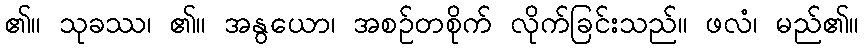
၏။ သုခဿ၊ ၏။ အနွယော၊ အစဉ်တစိုက် လိုက်ခြင်းသည်။ ဖလံ၊ မည်၏။